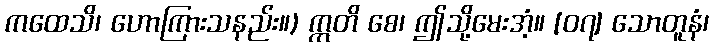
ကထေသိ၊ ဟောကြားသနည်း။) ဣတိ စေ၊ ဤသို့မေးအံ့။ [၀၇] သောတူနံ၊